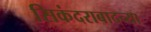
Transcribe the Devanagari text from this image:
सिकंदराबादच्या